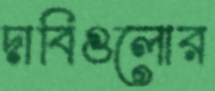
দাবিগুলোর